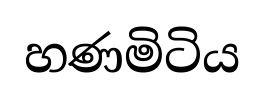
හණමිටිය